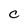
Character: C